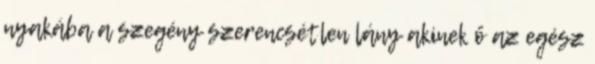
nyakába a szegény szerencsétlen lány akinek ő az egész